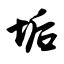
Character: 垢